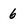
Character: 6